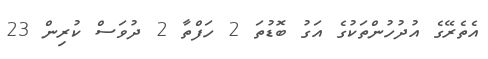
އެތެރޭގެ އުދުހުންތަކުގެ އަގު ބޮޑުތަ 2 ހަފްތާ 2 ދުވަސް ކުރިން 23